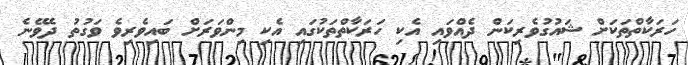
ހަރަކާތްތަކަށް ޝައުގުވެރިކަން ދެއްވައި އެކި ހަރަކާތްތަކުގައި އެކި މިންވަރަށް ބައިވެރިވެ ވަގުތު ދެވޭނެ